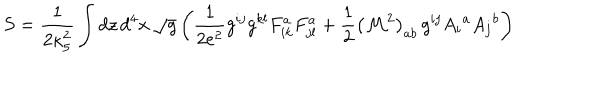
S = \frac { 1 } { 2 \kappa _ { 5 } ^ { 2 } } \int d z \, d ^ { 4 } x \, \sqrt { g } \left( \frac { 1 } { 2 e ^ { 2 } } g ^ { i j } g ^ { k l } F _ { i k } ^ { a } F _ { j l } ^ { a } + \frac { 1 } { 2 } \left( { \cal M } ^ { 2 } \right) _ { a b } \, g ^ { i j } A _ { i } { } ^ { a } A _ { j } { } ^ { b } \right)